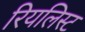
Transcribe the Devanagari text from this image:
रियलिस्ट